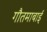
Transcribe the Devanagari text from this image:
गौतमाबाई